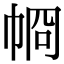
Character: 𢂶